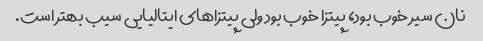
نان سیر خوب بود، پیتزا خوب بود ولی پیتزا‌های ایتالیایی سیب بهتر است.